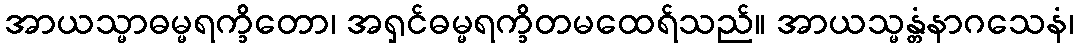
အာယသ္မာဓမ္မရက္ခိတော၊ အရှင်ဓမ္မရက္ခိတမထေရ်သည်။ အာယသ္မန္တံနာဂသေနံ၊